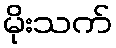
မိုးသက်